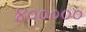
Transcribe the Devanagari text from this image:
४०००००